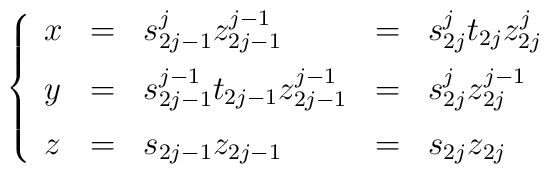
\left\{\begin{array}{lclcl}x&=&s_{2j-1}^jz_{2j-1}^{j-1}&=&s_{2j}^jt_{2j}z_{2j}^j\\[0.2cm]y&=&s_{2j-1}^{j-1}t_{2j-1}z_{2j-1}^{j-1}&=&s_{2j}^jz_{2j}^{j-1}\\[0.2cm]z&=&s_{2j-1}z_{2j-1}&=&s_{2j}z_{2j}\end{array}  \right.